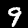
Label: 9